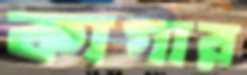
কাগার